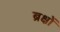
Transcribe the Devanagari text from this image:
ब्रक्षों